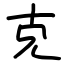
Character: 克